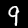
Digit: 9